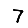
Digit: 7